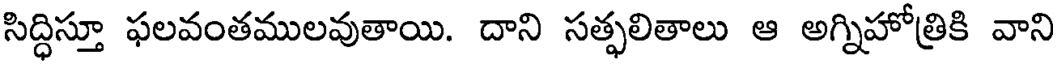
సిద్ధిస్తూ ఫలవంతములవుతాయి. దాని సత్ఫలితాలు ఆ అగ్నిహోత్రికి వాని